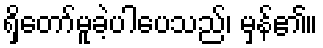
ရှိတော်မူခဲ့ပါပေသည်၊ မှန်၏။